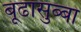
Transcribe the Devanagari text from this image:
बूढासुब्बा